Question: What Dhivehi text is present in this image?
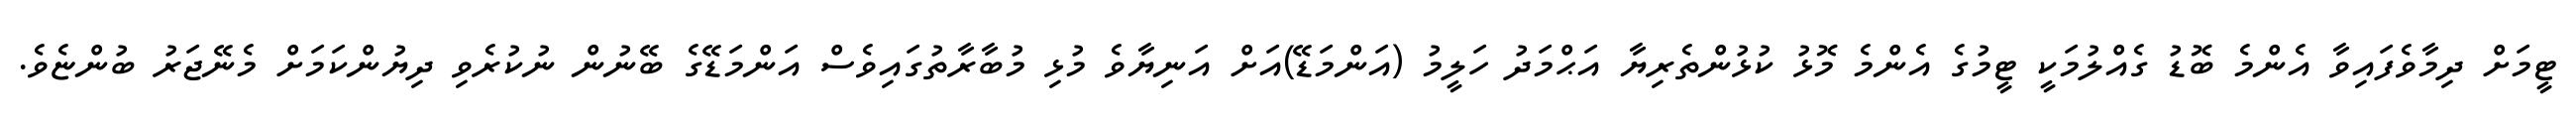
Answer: ޓީމަށް ދިމާވެފައިވާ އެންމެ ބޮޑު ގެއްލުމަކީ ޓީމުގެ އެންމެ މޮޅު ކުޅުންތެރިޔާ އަޙްމަދު ހަލީމު (އަންމަޑޭ)އަށް އަނިޔާވެ މުޅި މުބާރާތުގައިވެސް އަންމަޑޭގެ ބޭނުން ނުކުރެވި ދިޔުންކަމަށް މެނޭޖަރު ބުންޏެވެ.